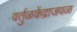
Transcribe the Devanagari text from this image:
वर्तुळकेंद्राजवळ